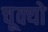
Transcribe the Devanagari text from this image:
चूक्यो